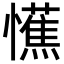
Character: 𢤼